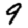
Digit: 9